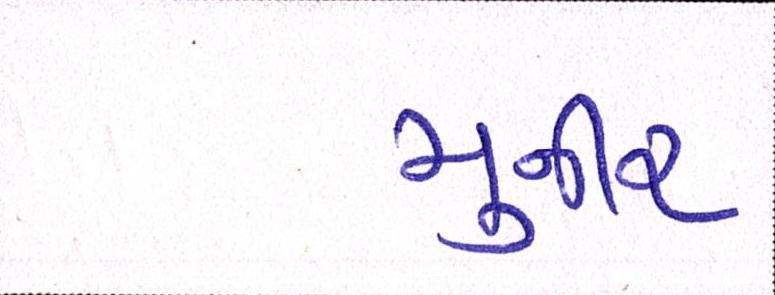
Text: મુનીર